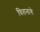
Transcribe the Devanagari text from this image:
वितनागे